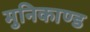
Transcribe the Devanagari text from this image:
मुनिकाण्ड